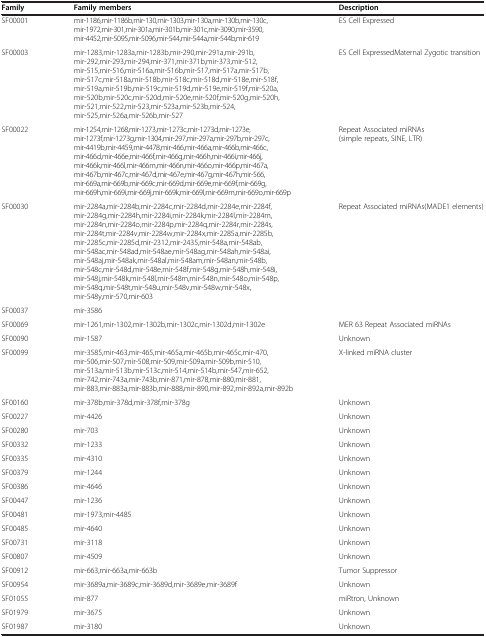
<table><thead><tr><td><b>Family</b></td><td><b>Family members</b></td><td><b>Description</b></td></tr></thead><tbody><tr><td>SF00001</td><td>mir-1186,mir-1186b,mir-130,mir-1303,mir-130a,mir-130b,mir-130c, mir-1972,mir-301,mir-301a,mir-301b,mir-301c,mir-3090,mir-3590, mir-4452,mir-5095,mir-5096,mir-544,mir-544a,mir-544b,mir-619</td><td>ES Cell Expressed</td></tr><tr><td>SF00003</td><td>mir-1283,mir-1283a,mir-1283b,mir-290,mir-291a,mir-291b, mir-292,mir-293,mir-294,mir-371,mir-371b,mir-373,mir-512, mir-515,mir-516,mir-516a,mir-516b,mir-517,mir-517a,mir-517b, mir-517c,mir-518a,mir-518b,mir-518c,mir-518d,mir-518e,mir-518f, mir-519a,mir-519b,mir-519c,mir-519d,mir-519e,mir-519f,mir-520a, mir-520b,mir-520c,mir-520d,mir-520e,mir-520f,mir-520g,mir-520h, mir-521,mir-522,mir-523,mir-523a,mir-523b,mir-524, mir-525,mir-526a,mir-526b,mir-527</td><td>ES Cell Expressed Maternal Zygotic transition</td></tr><tr><td>SF00022</td><td>mir-1254,mir-1268,mir-1273,mir-1273c,mir-1273d,mir-1273e, mir-1273f,mir-1273g,mir-1304,mir-297,mir-297a,mir-297b,mir-297c, mir-4419b,mir-4459,mir-4478,mir-466,mir-466a,mir-466b,mir-466c, mir-466d,mir-466e,mir-466f,mir-466g,mir-466h,mir-466i,mir-466j, mir-466k,mir-466l,mir-466m,mir-466n,mir-466o,mir-466p,mir-467a,mir-467b,mir-467c,mir-467d,mir-467e,mir-467g,mir-467h,mir-566,mir-669a,mir-669b,mir-669c,mir-669d,mir-669e,mir-669f,mir-669g,mir-669h,mir-669i,mir-669j,mir-669k,mir-669l,mir-669m,mir-669o,mir-669p</td><td>Repeat Associated miRNAs (simple repeats, SINE, LTR)</td></tr><tr><td>SF00030</td><td>mir-2284a,mir-2284b,mir-2284c,mir-2284d,mir-2284e,mir-2284f,mir-2284g,mir-2284h,mir-2284i,mir-2284k,mir-2284l,mir-2284m,mir-2284n,mir-2284o,mir-2284p,mir-2284q,mir-2284r,mir-2284s,mir-2284t,mir-2284v,mir-2284w,mir-2284x,mir-2285a,mir-2285b,mir-2285c,mir-2285d,mir-2312,mir-2435,mir-548a,mir-548ab,mir-548ac,mir-548ad,mir-548ae,mir-548ag,mir-548ah,mir-548ai,mir-548aj,mir-548ak,mir-548al,mir-548am,mir-548an,mir-548b,mir-548c,mir-548d,mir-548e,mir-548f,mir-548g,mir-548h,mir-548i,mir-548j,mir-548k,mir-548l,mir-548m,mir-548n,mir-548o,mir-548p,mir-548q,mir-548t,mir-548u,mir-548v,mir-548w,mir-548x,mir-548y,mir-570,mir-603</td><td>Repeat Associated miRNAs (MADE1 elements)</td></tr><tr><td>SF00037</td><td>mir-3586</td><td> </td></tr><tr><td>SF00069</td><td>mir-1261,mir-1302,mir-1302b,mir-1302c,mir-1302d,mir-1302e</td><td>MER 63 Repeat Associated miRNAs</td></tr><tr><td>SF00090</td><td>mir-1587</td><td>Unknown</td></tr><tr><td>SF00099</td><td>mir-3585,mir-463,mir-465,mir-465a,mir-465b,mir-465c,mir-470, mir-506,mir-507,mir-508,mir-509,mir-509a,mir-509b,mir-510, mir-513a,mir-513b,mir-513c,mir-514,mir-514b,mir-547,mir-652, mir-742,mir-743a,mir-743b,mir-871,mir-878,mir-880,mir-881, mir-883,mir-883a,mir-883b,mir-888,mir-890,mir-892,mir-892a,mir-892b</td><td>X-linked miRNA cluster</td></tr><tr><td>SF00160</td><td>mir-378b,mir-378d,mir-378f,mir-378g</td><td>Unknown</td></tr><tr><td>SF00227</td><td>mir-4426</td><td>Unknown</td></tr><tr><td>SF00280</td><td>mir-703</td><td>Unknown</td></tr><tr><td>SF00332</td><td>mir-1233</td><td>Unknown</td></tr><tr><td>SF00335</td><td>mir-4310</td><td>Unknown</td></tr><tr><td>SF00379</td><td>mir-1244</td><td>Unknown</td></tr><tr><td>SF00386</td><td>mir-4646</td><td>Unknown</td></tr><tr><td>SF00447</td><td>mir-1236</td><td>Unknown</td></tr><tr><td>SF00481</td><td>mir-1973,mir-4485</td><td>Unknown</td></tr><tr><td>SF00485</td><td>mir-4640</td><td>Unknown</td></tr><tr><td>SF00731</td><td>mir-3118</td><td>Unknown</td></tr><tr><td>SF00807</td><td>mir-4509</td><td>Unknown</td></tr><tr><td>SF00912</td><td>mir-663,mir-663a,mir-663b</td><td>Tumor Suppressor</td></tr><tr><td>SF00954</td><td>mir-3689a,mir-3689c,mir-3689d,mir-3689e,mir-3689f</td><td>Unknown</td></tr><tr><td>SF01055</td><td>mir-877</td><td>miRtron, Unknown</td></tr><tr><td>SF01979</td><td>mir-3675</td><td>Unknown</td></tr><tr><td>SF01987</td><td>mir-3180</td><td>Unknown</td></tr></tbody></table>